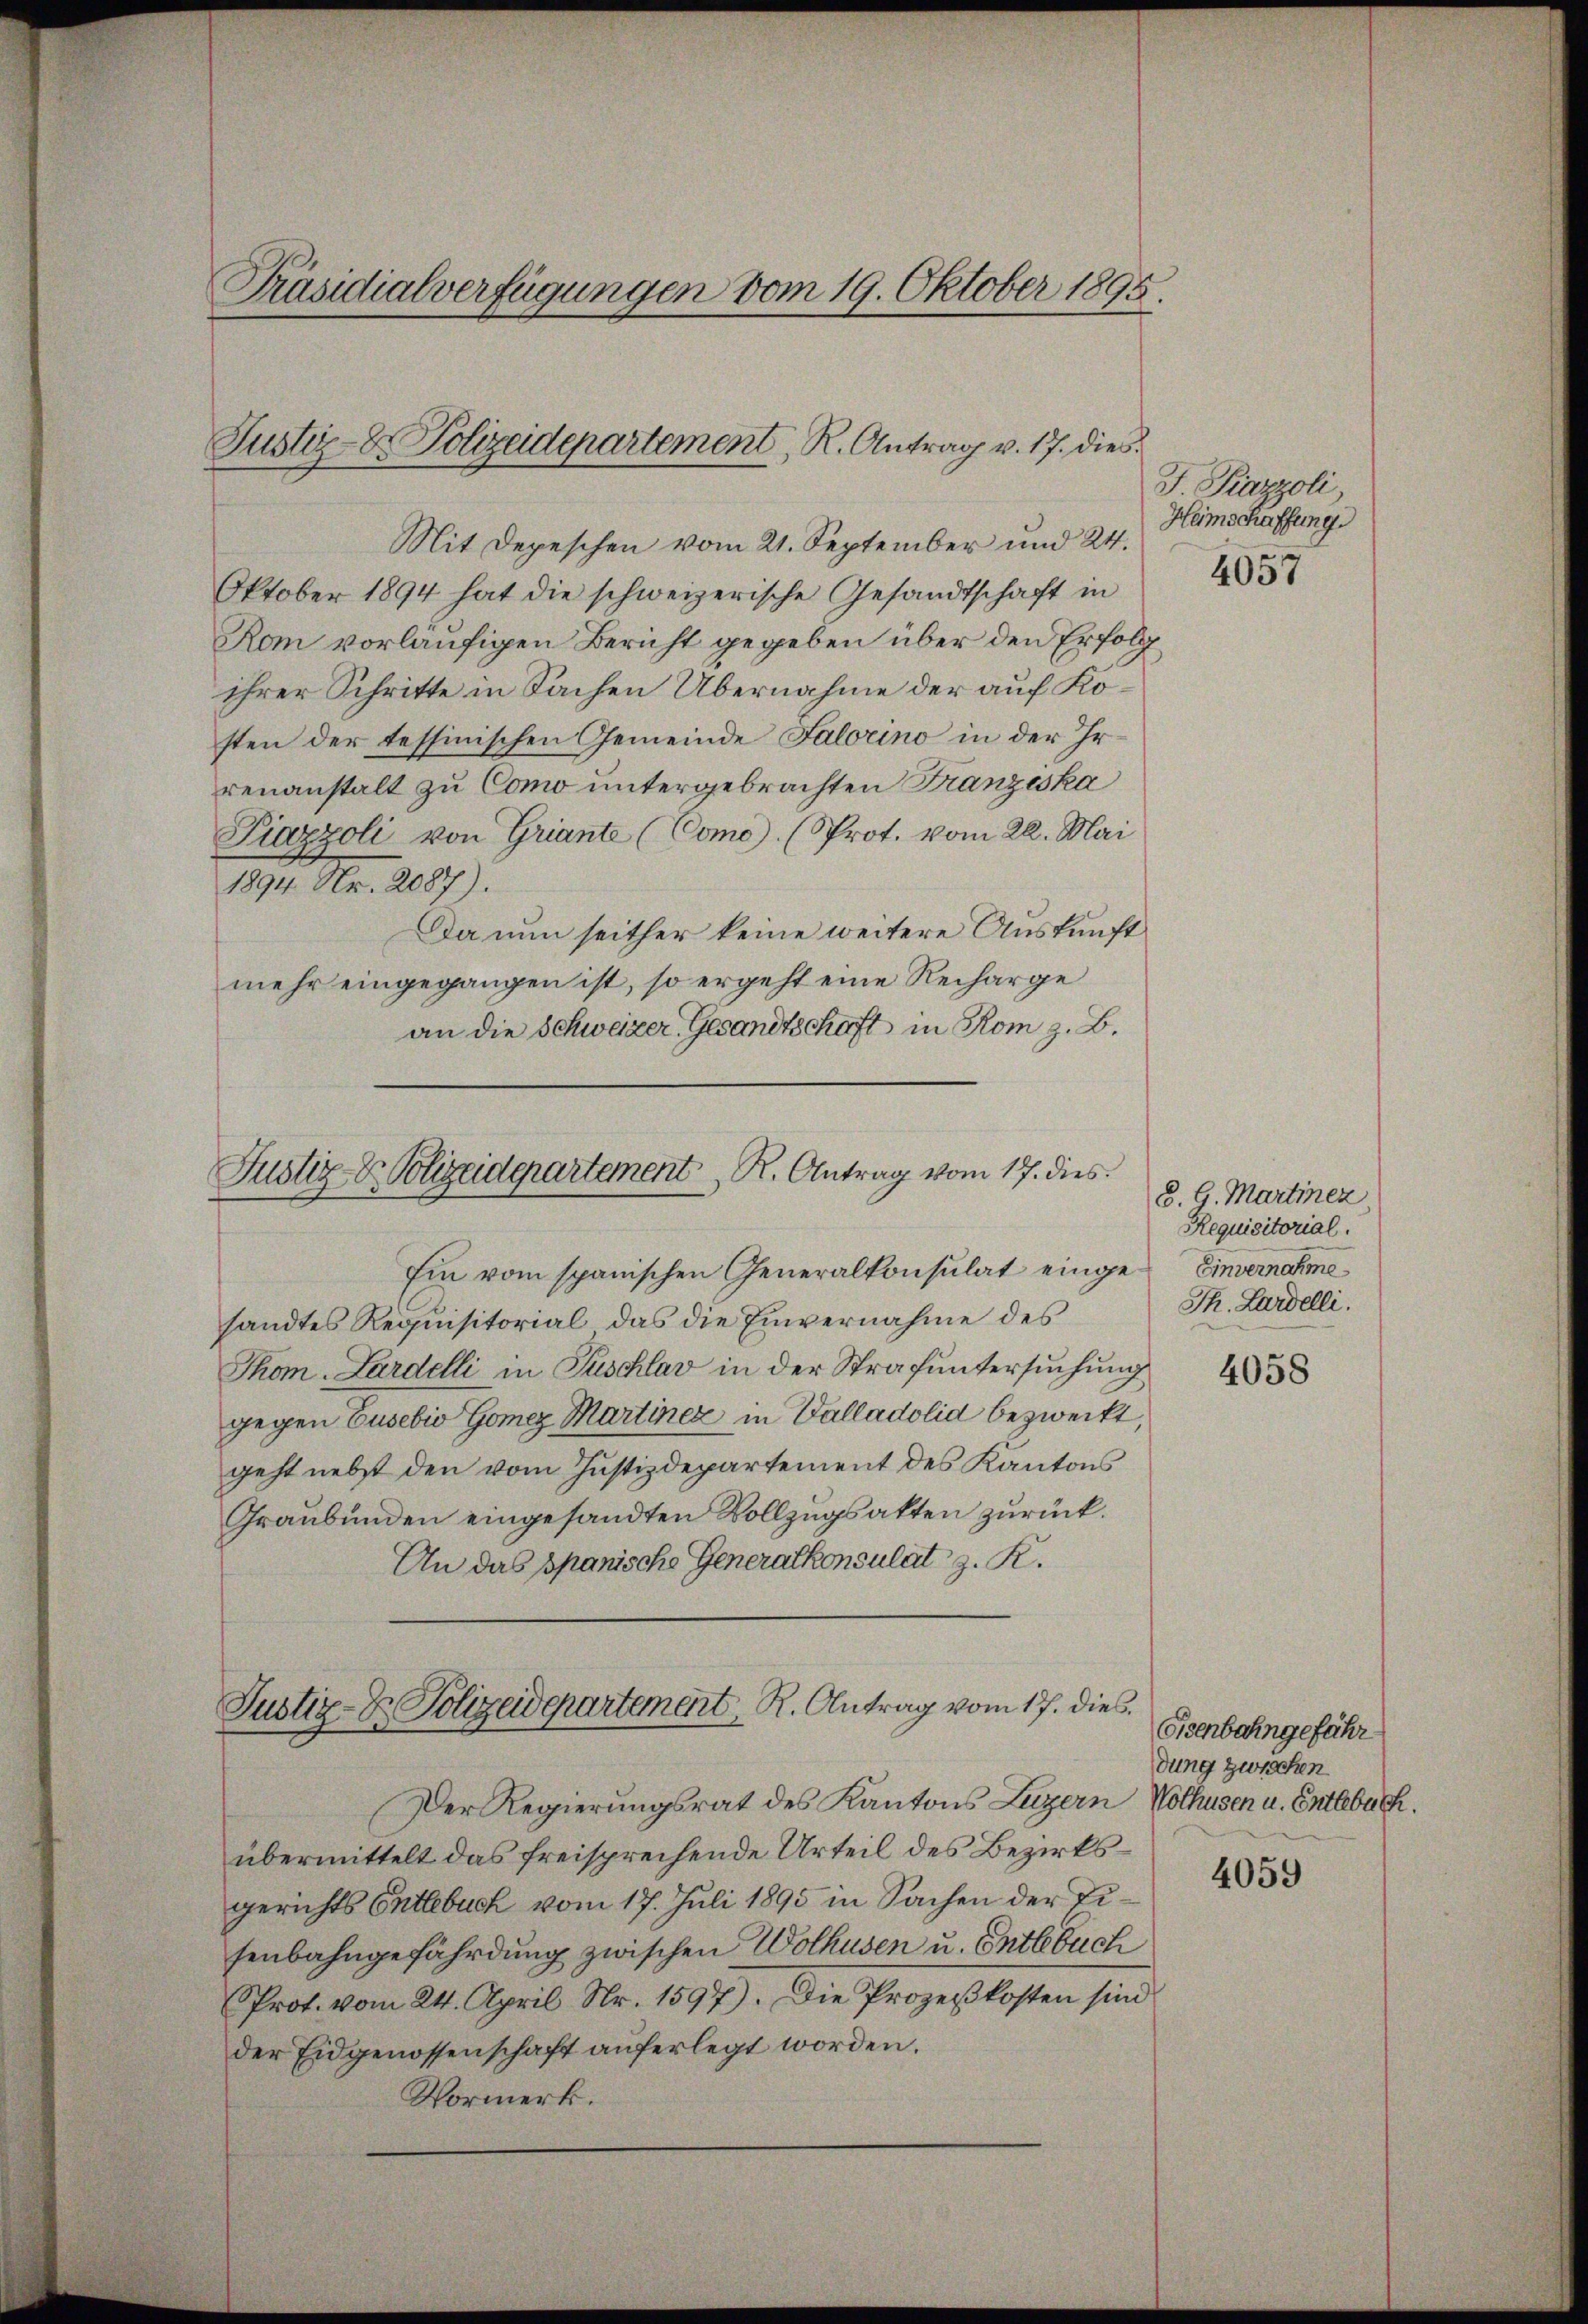
Präsidialverfügungen vom 19. Oktober 1895.

Mit Depeschen vom 21. September und 24.
Oktober 1894 hat die schweizerische Gesandtschaft in
Rom vorläufigen Bericht gegeben über den Erfolg
ihrer Schritte in Sachen Übernahme der auf Kösten der tessinischen Gemeinde Falorino in der Irrenanstalt zu Como untergebrachten Franziska
Piazzoli von Griante (Como). (Prot. vom 22. Mai
1894 Nr. 2087).
Da nun seither keine weitere Auskunft
mehr eingegangen ist, so ergeht eine Recharge
an die Schweizer Gesandtschaft in Rom z. B.
Ein vom spanischen Generalkonsulat eingesandtes Requisitorial das die Einvernahme des
Thom. Lardelli in Puschlav in der Strafuntersuchung
gegen Cusebio Gomer Martiner in Valladolid bezweckt,
geht nebst den vom Justizdepartement des Kantons
Graubünden eingesandten Vollzugsakten zurück.
An das spanische Generalkonsulat z. K.
Justiz- & Polizeidepartement, R. Antrag vom 17. dies
Der Regierungsrat des Kantons Luzern Nothusen u. Entlebuch.
übermittelt das freisprechende Urteil des Bezirksgerichts Entlebuch vom 17. Juli 1890 in Sachen der Eisenbahngefährdung zwischen Wolhusen u. Entlebuch
Prot. vom 24. April Nr. 1597). Die Prozeßkosten sind
der Eidgenossenschaft auferlegt worden.
Vormerk.

Justiz- & Polizeidepartement, R. Antrag v. 17. dies

Justiz- & Polizeidepartement. Antrag vom 17. dies

J Piazzoli
Heimschaffung.
4057

d. G. Martinez,
Requisitorial.
Einvernahme
Th. Lardelli.

4058

Eisenbahngefähr
dung zwischen

4059